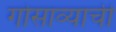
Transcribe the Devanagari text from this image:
गोसाव्याची